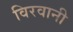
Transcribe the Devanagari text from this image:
विरवानी